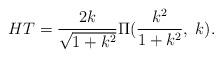
LaTeX: \begin{align*}H T=\frac{2k}{\sqrt{1+k^2}}\Pi(\frac{k^2}{1+k^2},\;k).\end{align*}